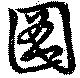
圖